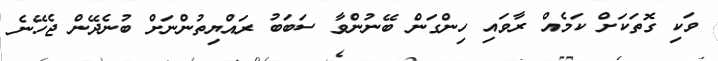
ވަކި ގޮތަކަށް ކަމެއް ރާވައި ހިންގަން ބޭނުންވާ ސަބަބު ރައްޔިތުންނަށް ބުނެދޭން ޖެހޭނެ